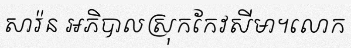
សារ៉ន អភិបាលស្រុកកែវសីមា។លោក